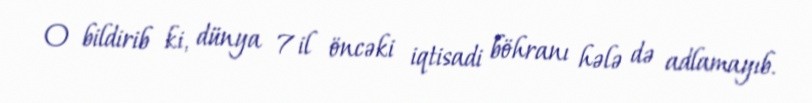
O bildirib ki, dünya 7 il öncəki iqtisadi böhranı hələ də adlamayıb.